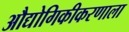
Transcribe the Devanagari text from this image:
औद्योगिकीकरणाला